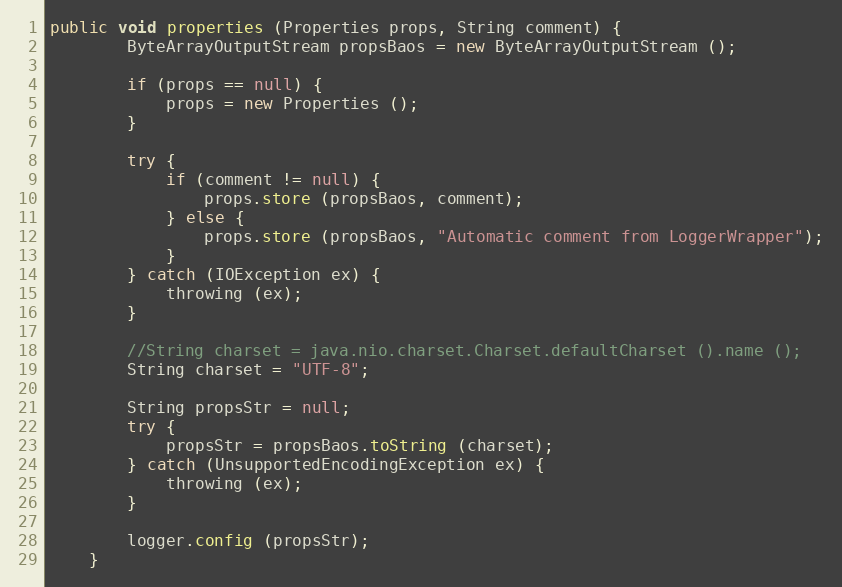
Language: Java
public void properties (Properties props, String comment) {
		ByteArrayOutputStream propsBaos = new ByteArrayOutputStream ();

		if (props == null) {
			props = new Properties ();
		}

		try {
			if (comment != null) {
				props.store (propsBaos, comment);
			} else {
				props.store (propsBaos, "Automatic comment from LoggerWrapper");
			}
		} catch (IOException ex) {
			throwing (ex);
		}

		//String charset = java.nio.charset.Charset.defaultCharset ().name ();
		String charset = "UTF-8";

		String propsStr = null;
		try {
			propsStr = propsBaos.toString (charset);
		} catch (UnsupportedEncodingException ex) {
			throwing (ex);
		}

		logger.config (propsStr);
	}